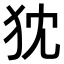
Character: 𤜴